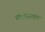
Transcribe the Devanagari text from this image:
सातवाहनाला